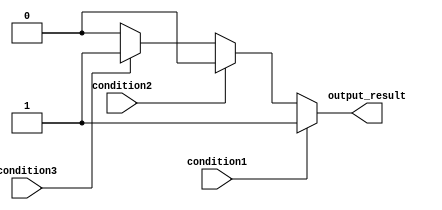
module multiple_if_else(
    input wire condition1,
    input wire condition2,
    input wire condition3,
    output reg output_result
);

always @ (*)
begin
    if (condition1) begin
        // Code block if condition1 is true
        output_result = 1;
    end
    else if (condition2) begin
        // Code block if condition2 is true
        output_result = 2;
    end
    else if (condition3) begin
        // Code block if condition3 is true
        output_result = 3;
    end
    else begin
        // Code block if none of the conditions are true
        output_result = 0;
    end
end

endmodule